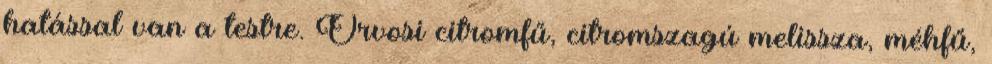
hatással van a testre. Orvosi citromfű, citromszagú melissza, méhfű,